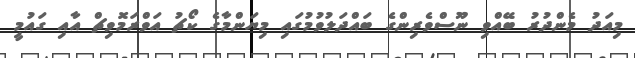
މިއަދު މެންދުރު ބޭއްވި ނޫސްވެރިންގެ ބައްދަލުވުމުގައި މިޔަންމާގެ ކޯޗު އަވްރަމޮވިޗް އާއި ގައުމީ